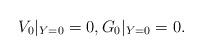
LaTeX: \begin{align*}V_0|_{Y=0}=0,G_0|_{Y=0}=0.\end{align*}